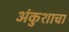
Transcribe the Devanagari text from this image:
अंकुशाचा